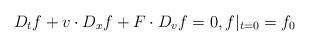
LaTeX: \begin{align*}D_{t}f+v \cdot D_{x}f+F \cdot D_{v} f=0,f|_{t=0}=f_{0}\end{align*}